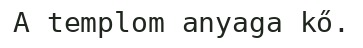
A templom anyaga kő.